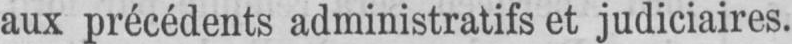
aux précédents administratifs et judiciaires.